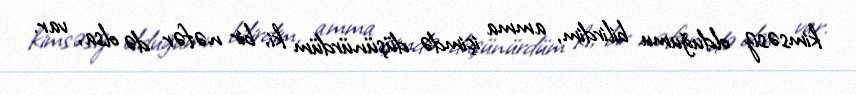
kimsəsiz olduğumu bilirdim, amma içimdə düşünürdüm ki, bir nəfər də olsa, var.